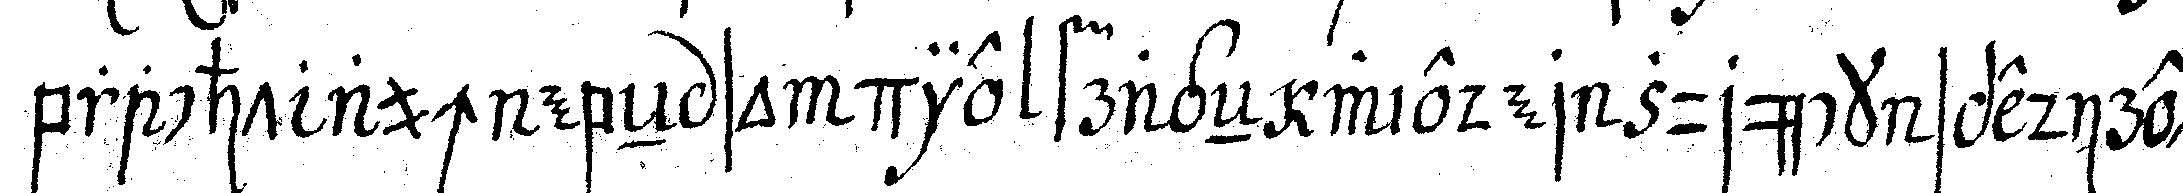
bracht auch ebeN so die frageN wieder zurück spediret